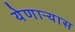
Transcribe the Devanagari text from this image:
येणाऱ्यास